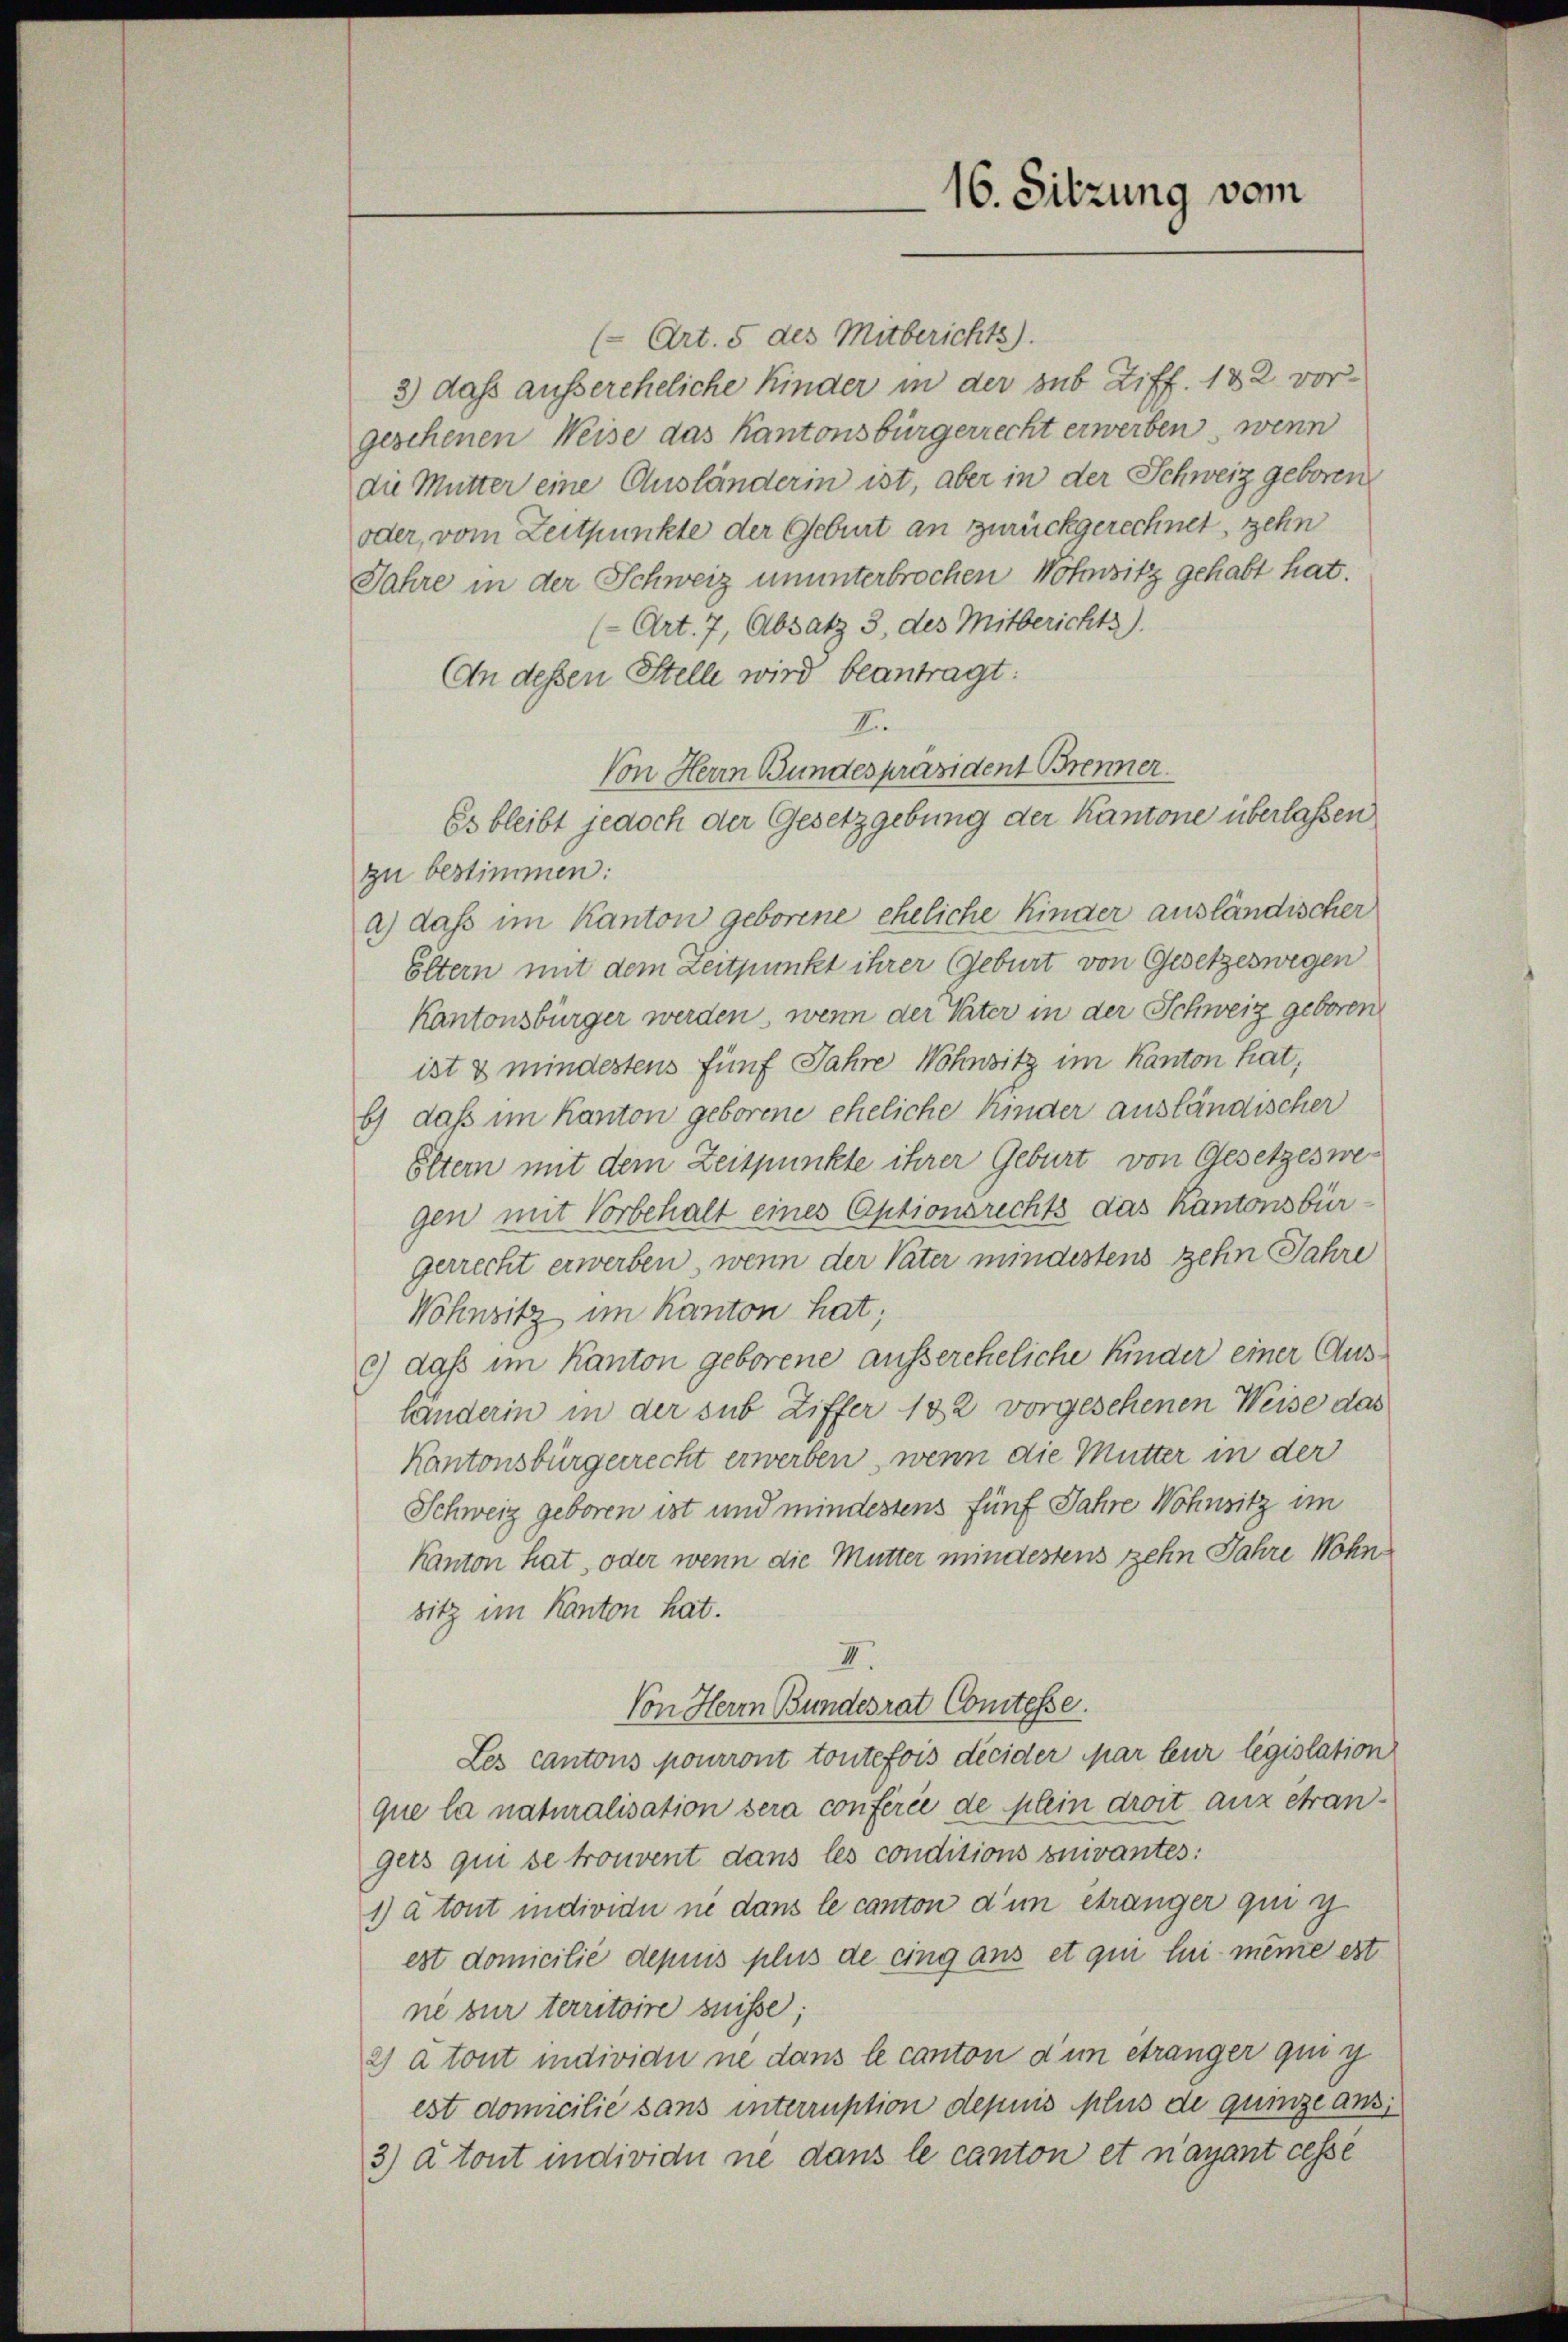
16. Sitzung vom

(Art. 5 des Mitberichts).
3) dass aussereheliche Kinder in der sub Ziff. 132. vorgeschenen Weise das Kantonsbürgerrecht erwerben, wenn
die Mutter eine Ausländerin ist, aber in der Schweiz geboren
oder, vom Zeitpunkte der Geburt an zurückgerechnet, zehn
Jahre in der Schweiz ununterbrochen Wohnsitz gehabt hat.
(Art. 7, Absatz 3, des Mitberichts).
An dessen Stelle wird beantragt:
I.
Von Herrn Bundespräsident Brenner.
Es bleibt jedoch der Gesetzgebung der Kantone überlassen
zu bestimmen:
a) dass im Kanton geborene eheliche Kinder ausländischer
Eltern mit dem Zeitpunkt ihrer Geburt von Gesetzeswegen
Kantonsbürger werden, wenn der Vater in der Schweiz geboren
ist & mindestens fünf Jahre Wohnsitz im Kanton hat,
b) daß im Kanton geborene eheliche Kinder ausländischer
Eltern mit dem Zeitpunkte ihrer Geburt von Gesetzes wegen mit Vorbehalt eines Aptionsrechts das Kantonsbür
gerrecht erwerben, wenn der Vater mindestens zehn Jahre
Wohnsitz im Kanton hat
c) daß im Kanton geborene aussereheliche Kinder einer Auslanderin in der sub Ziffer 182 vorgesehenen Weise das
Kantonsbürgerrecht erwerben, wenn die Mutter in der
Schweiz geboren ist und mindestens fünf Jahre Wohnsitz im
Kanton hat, oder wenn die Mutter mindestens zehn Jahre Wohn
sitz im Kanton hat.
II.
Von Herrn Bundesrat Comtesse.
Les cantons pourront toutefois décider par leur legislation
que la naturalisation sera conférée de plein droit aux etrangers qui se trouvent dans les conditions suivantes:
1) à tout individui ne dans le canton d’un étranger qui y
est domicilie depuis plus de eing aus et qui le meine est
ne sur territoire suisse;
2) à tout individu ne dans le canton d’un étranger qui y
est domicilié sans interruption depuis plus de quinze aus,
3) à tout individui ne dans le canton et n’ayant cesse